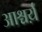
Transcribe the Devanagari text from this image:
आश्चर्य़